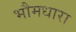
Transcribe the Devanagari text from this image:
भौमधारा